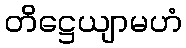
တိဋ္ဌေယျာမဟံ